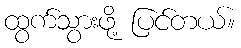
ထွက်သွားဖို့ ပြင်တယ်။